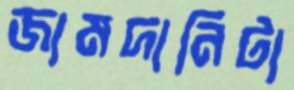
জামদানিটা